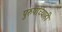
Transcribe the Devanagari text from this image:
पुरुषांच्याही